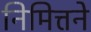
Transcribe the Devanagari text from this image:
निमित्तने